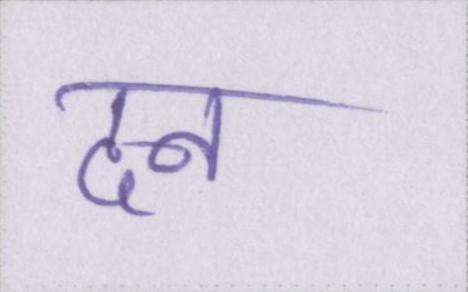
दन